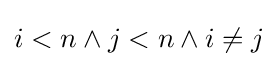
i<n\land j<n\land i\neq j